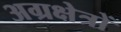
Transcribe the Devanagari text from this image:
अग्रक्षेत्रों